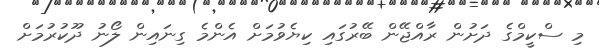
މި ސްކީމްގެ ދަށުން ރާއްޖޭން ބޭރުގައި ކިޔެވުމަށް އެންމެ ގިނައިން ލޯނު ދޫކުރުމަށް